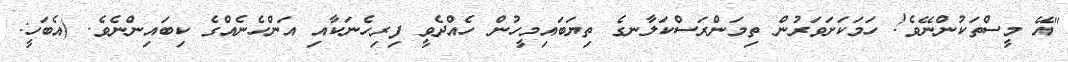
"އޭ މީސްތަކުންނޭވެ! ހަމަކަށަވަރުން ތިމަންރަސްކަލާނގެ ތިޔަބައިމީހުން ހެއްދެވީ ފިރިހެނަކާއި އަންހެނެއްގެ ކިބައިންނެވެ. (އެބަހީ: